Annual report on the Civil Veterinary Department, Burma (including the Insein Veterinary School) - 1923-1931
Year: 1923
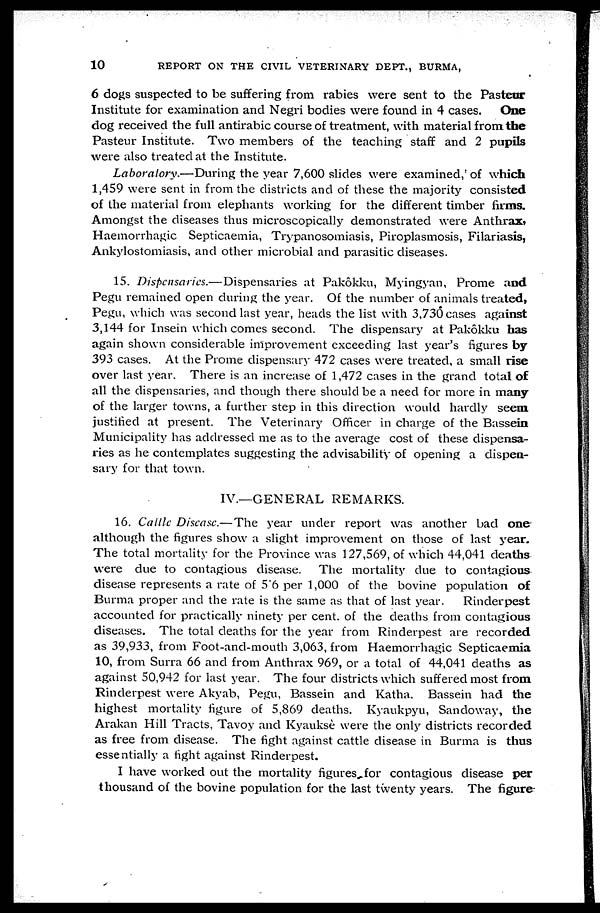
10
REPORT ON THE CIVIL VETERINARY DEPT., BURMA,
6 dogs suspected to be suffering from rabies were sent to the Pasteur
Institute for examination and Negri bodies were found in 4 cases.
One
dog received the full antirabic course of treatment, with material from the
Pasteur Institute. Two members of the teaching staff and 2 pupils
were also treated at the Institute.
Laboratory.—During
the year 7,600 slides were examined, of which
1,459 were sent in from the districts and of these the majority consisted
of the material from elephants working for the different timber firms.
Amongst the diseases thus microscopically demonstrated were Anthrax,
Haemonhagic Septicaemia, Trypanosomiasis, Piroplasmosis, Filariasis,
Ankylostomiasis, and other microbial and parasitic diseases.
15. Dispensaries.— Dispensaries at Pakôkku, Myingyan, Prome and
Pegu remained open during the year. Of the number of animals treated,
Pegu, which was second last year, heads the list with 3,730 cases against
3,144 for Insein which comes second. The dispensary at Pakôkku has
again shown considerable improvement exceeding last year's figures by
393 cases. At the Prome dispensary 472 cases were treated, a small rise
over last year. There is an increase of 1,472 cases in the grand total of
all the dispensaries, and though there should be a need for more in many
of the larger towns, a further step in this direction would hardly seem
justified at present. The Veterinary Officer in charge of the Bassein
Municipality has addressed me as to the average cost of these dispensa-
ries as he contemplates suggesting the advisability of opening a dispen-
sary for that town.
IV.—GENERAL REMARKS.
16. Cattle Disease.—The
year under report was another bad one
although the figures show a slight improvement on those of last year.
The total mortality for the Province was 127,569, of which 44,041 deaths
were due to contagious disease.
The mortality due to contagious
disease represents a rate of 5'6 per 1,000 of the bovine population of
Burma proper and the rate is the same as that of last year.
Rinderpest
accounted for practically ninety per cent. of the deaths from contagious
diseases. The total deaths for the year from Rinderpest are recorded
as 39,933, from Foot-and-mouth 3,063, from Haemonhagic Septicaemia
10, from Surra 66 and from Anthrax 969, or a total of 44,041 deaths as
against 50,942 for last year. The four districts which suffered most from
Rinderpest were Akyab, Pegu, Bassein and Katha. Bassein had the
highest mortality figure of 5,869 deaths. Kyaukpyu, Sandoway, the
Arakan Hill Tracts, Tavoy and Kyauksè were the only districts recorded
as free from disease. The fight against cattle disease in Burma is thus
essentially a fight against Rinderpest.
I have worked out the mortality figures for contagious disease per
thousand of the bovine population for the last twenty years. The figure